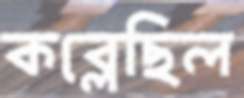
কব্‌লেছিল